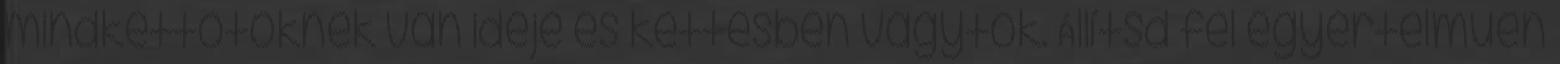
mindkettőtöknek van ideje és kettesben vagytok. Állítsd fel egyértelműen